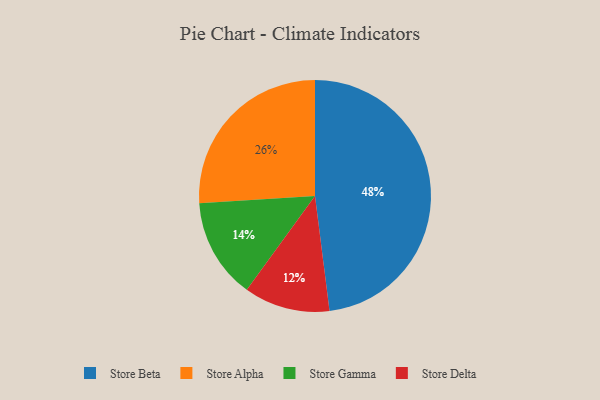
{"axis": {"x": "Category", "y": "Percentage"}, "legend": ["Store Alpha", "Store Beta", "Store Delta", "Store Gamma"], "data": [{"x": "Store Alpha", "y": 26, "type": "Store Alpha"}, {"x": "Store Delta", "y": 12, "type": "Store Delta"}, {"x": "Store Gamma", "y": 14, "type": "Store Gamma"}, {"x": "Store Beta", "y": 48, "type": "Store Beta"}]}